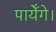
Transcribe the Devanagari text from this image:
पायेँगे।